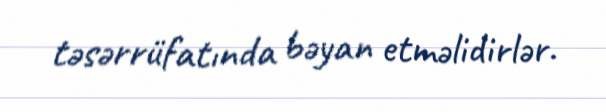
təsərrüfatında bəyan etməlidirlər.